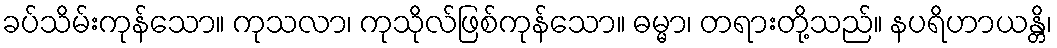
ခပ်သိမ်းကုန်သော။ ကုသလာ၊ ကုသိုလ်ဖြစ်ကုန်သော။ ဓမ္မာ၊ တရားတို့သည်။ နပရိဟာယန္တိ၊